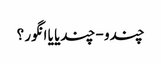
چندو - چندیا یا انگور ؟